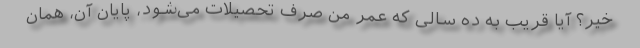
خیر؟ آیا قریب به ده سالی که عمر من صرف تحصیلات می‌شود، پایان آن، همان